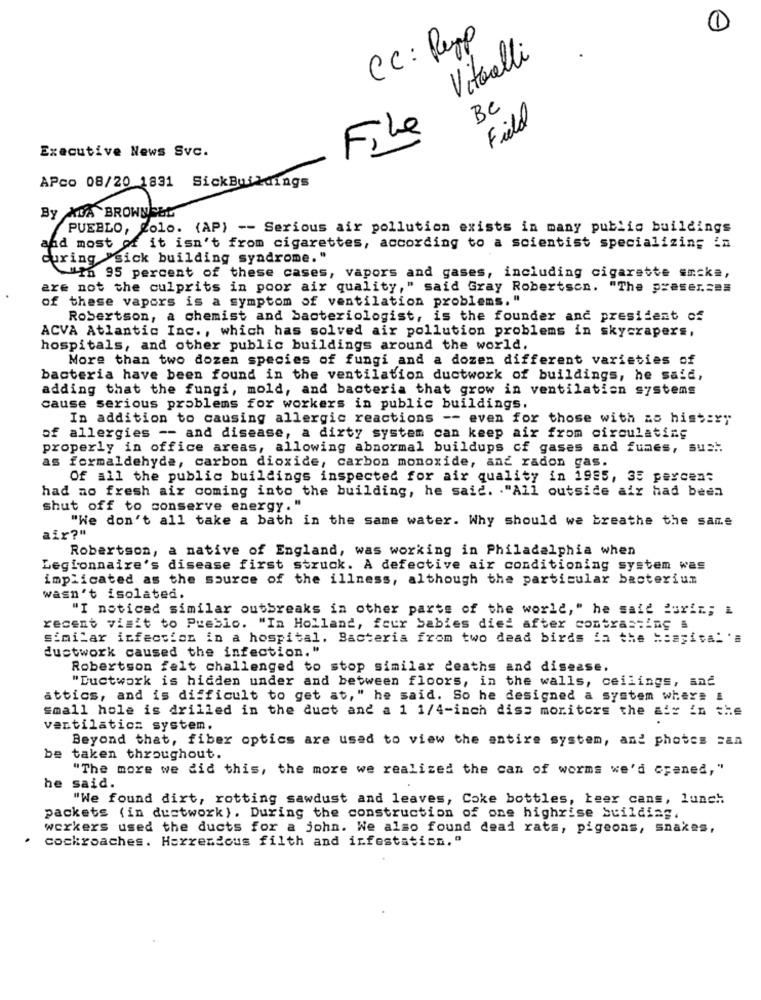
1
CC: Pupp
Vitorelli
Be
Field
File
Executive News Svc.
APco 08/20 1831 SickBuildings
By XDA BROWNELL
PUEBLO, Colo. (AP) -- Serious air pollution exists in many public buildings
and most of it isn't from cigarettes, according to a scientist specializing in
curing "sick building syndrome."
"in 95 percent of these cases, vapors and gases, including cigarette encke,
are not the culprits in poor air quality," said Gray Robertson. "The preser.zes
of these vapors is a symptom of ventilation problems."
Robertson, a chemist and bacteriologist, is the founder and president of
ACVA Atlantic Inc ., which has solved air pollution problems in skyczapers,
hospitals, and other public buildings around the world.
More than two dozen species of fungi and a dozen different varieties of
bacteria have been found in the ventilation ductwork of buildings, he said,
adding that the fungi, mold, and bacteria that grow in ventilation systems
cause serious problems for workers in public buildings.
In addition to causing allergic reactions -- even for those with as history
of allergies -- and disease, a dirty system can keep air from circulating
properly in office areas, allowing abnormal buildups of gases and fumes, sus ..
as formaldehyde, carbon dioxide, carbon monoxide, and radon gas.
Of all the public buildings inspected for air quality in 1985, 35 percent
had no fresh air coming into the building, he said. . "All outside air had been
shut off to conserve energy. "
"We don't all take a bath in the same water. Why should we breathe the same
air?"
Robertson, a native of England, was working in Philadelphia when
Legionnaire's disease first struck. A defective air conditioning system was
implicated as the source of the illness, although the particular bacterium
wasn't isolated.
"I noticed similar outbreaks in other parts of the world," he said forin; i
recent visit to Pueblo. "In Holland, four babies died after contrasting #
similar infection in a hospital. Bacteria from two dead birds ia the Hospital'a
ductwork caused the infection."
Robertson felt challenged to stop similar deaths and disease.
"Ductwork is hidden under and between floors, in the walls, ceilings, and
attics, and is difficult to get at," he said. So he designed a system where i
small hole is drilled in the duct and a 1 1/4-inch diss monitors the air in the
ventilaticz system.
Beyond that, fiber optics are used to view the entire system, and phobes can
be taken throughout.
"The more we did this, the more we realized the can of worms we'd craned,"
he said.
"We found dirt, rotting sawdust and leaves, Coke bottles, beer cans, lunch
packets (in ductwork). During the construction of one highrise building.
workers used the ducts for a john. We also found dead rats, pigeons, snakes,
cockroaches. Horrendous filth and infestation."